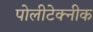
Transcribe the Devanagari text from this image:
पोलीटेक्‍नीक